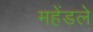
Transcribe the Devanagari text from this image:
महेंडले